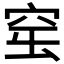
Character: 𥥢